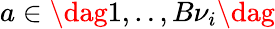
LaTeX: a\in\dag{1,..,B{\nu}_{i}\dag}